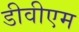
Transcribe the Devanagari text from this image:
डीवीएम